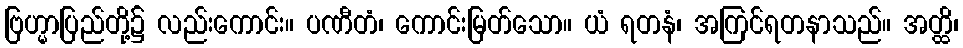
ဗြဟ္မာပြည်တို့၌ လည်းကောင်း။ ပဏီတံ၊ ကောင်းမြတ်သော။ ယံ ရတနံ၊ အကြင်ရတနာသည်။ အတ္ထိ၊